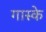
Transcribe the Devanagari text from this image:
गास्के